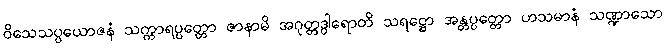
ဝိသေသပ္ပယောဇနံ သက္ကာရပ္ပတ္တော ဇာနာမိ အဂုတ္တဒွါရောတိ သရဋ္ဌော အန္တပ္ပတ္တော ဟသမာနံ သဏ္ဍာသော